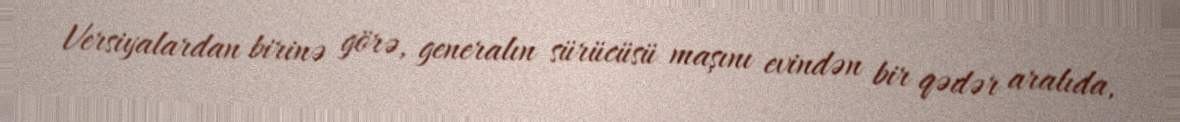
Versiyalardan birinə görə, generalın sürücüsü maşını evindən bir qədər aralıda,